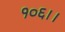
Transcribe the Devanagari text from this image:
१०६।।